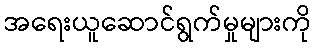
အရေးယူဆောင်ရွက်မှုများကို